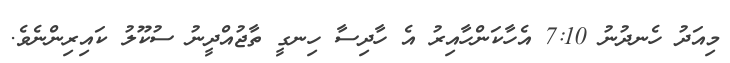
މިއަދު ހެނދުނު 7:10 އެހާކަންހާއިރު އެ ހާދިސާ ހިނގީ ތާޖުއްދީނު ސުކޫލު ކައިރިންނެވެ.